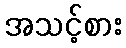
အသင့်စား